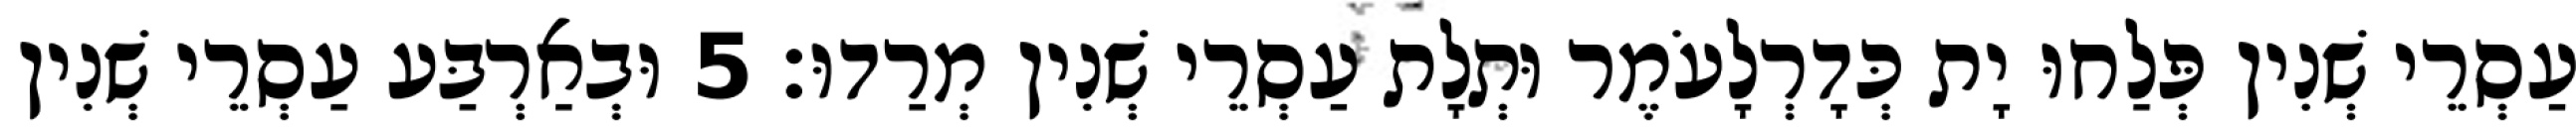
עַסְרֵי שְׁנִין פְּלַחוּ יָת כְּדָרְלָעֹמֶר וּתְלָת עַסְרֵי שְׁנִין מְרַדוּ׃ 5 וּבְאַרְבַּע עַסְרֵי שְׁנִין